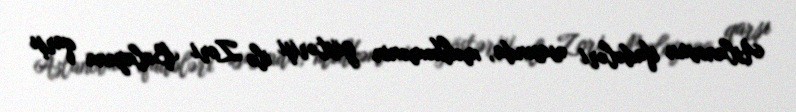
Aslanovun ifadələri əsasında, məhkəmənin göstərişi ilə Zori Balayana qarşı